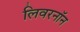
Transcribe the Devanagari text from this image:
लिवरनॉन